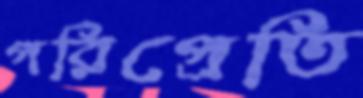
পরিপ্রেতি